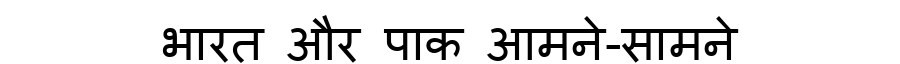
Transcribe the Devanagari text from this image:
भारत और पाक आमने-सामने